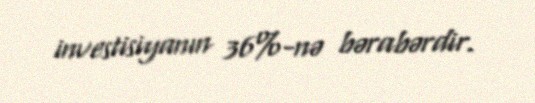
investisiyanın 36%-nə bərabərdir.